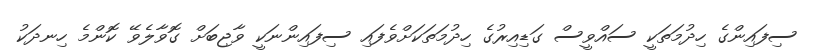
ސިފައިންގެ ހިދުމަތަކީ ސައްވީސް ގަޑިއިރުގެ ހިދުމަތަކަށްވެފައި ސިފައިންނަކީ ވާޖިބަށް ގޮވާލެވޭ ކޮންމެ ހިނދަކު